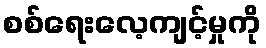
စစ်ရေးလေ့ကျင့်မှုကို